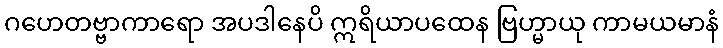
ဂဟေတဗ္ဗာကာရော အပဒါနေပိ ဣရိယာပထေန ဗြဟ္မာယု ကာမယမာနံ